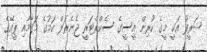
ޝަރީފު އަކީ މީގެ ކުރިން އީސީގެ ސެކްރެޓަރީ ޖެނެރަލް ކަމުގެ މަގާމާއި ޕީއޭގެ